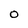
Character: O